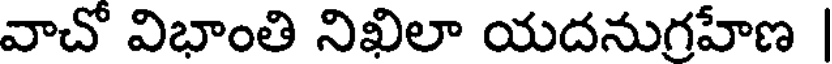
వాచో విభాంతి నిఖిలా యదనుగ్రహేణ